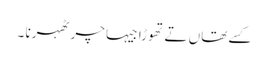
کسے تھاں تے تھوڑا جیہا چر ٹھہرنا ۔